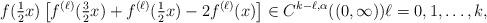
LaTeX: \begin{align*}f(\tfrac12x)\left[f^{(\ell)}(\tfrac32x)+f^{(\ell)}(\tfrac12x)-2f^{(\ell)}(x)\right]\in C^{k-\ell,\alpha}((0,\infty))\ell=0,1,\ldots,k,\end{align*}